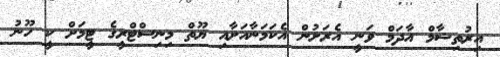
އިރުތިޝާމް އާދަމް ވަނީ އެރަށުން އެކަމަނާއަށާއި ޔޫތް މިނިސްޓްރީގެ ޓީމަށް ކީ ހޫނު